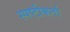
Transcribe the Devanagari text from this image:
स्पष्टीकर्ता